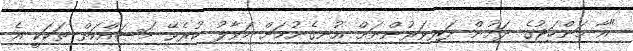
"އާ މަންހަޖުގެ ދަށުން ދަރިވަރުންނަށް އުނގެނުމަށް ހަވާލު ކުރެވޭ މަސައްކަތް ތަކަކީ އެ